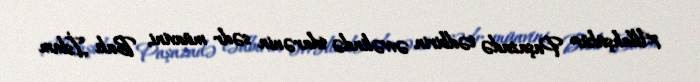
Allahşükür Paşazadə tədbirin əvvəlində idarənin sədr müavini, Bakı İslam